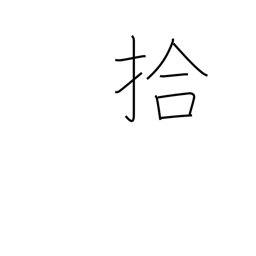
Meaning: ten